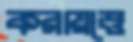
করায়ত্তে